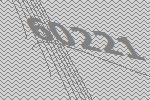
60221